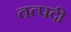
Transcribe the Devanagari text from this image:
तत्पदी